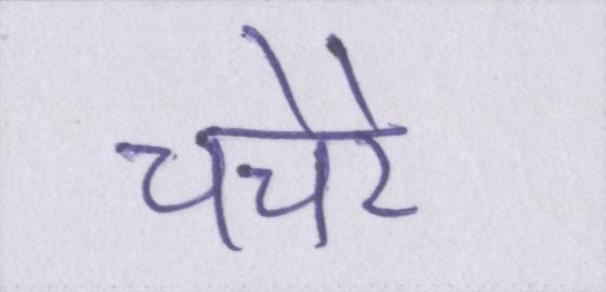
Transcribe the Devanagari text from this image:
चचेरे